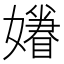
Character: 𡣣